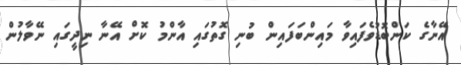
އޭނާގެ ކަންބޮޑުވެފައިވާ މައިންބަފައިން ބުނި ގޮތުގައި އާންމު ކޮށް އޭނާ ނިދީގައި ނޭވާލުން